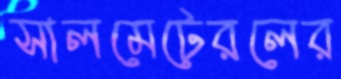
সালমেটেরলের